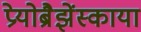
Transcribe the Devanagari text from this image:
प्रेयोब्रैझेंस्काया